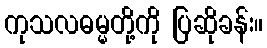
ကုသလဓမ္မတို့ကို ပြဆိုခန်း။